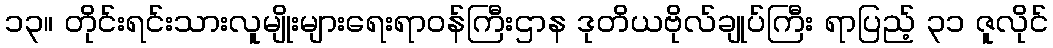
၁၃။ တိုင်းရင်းသားလူမျိုးများရေးရာဝန်ကြီးဌာန ဒုတိယဗိုလ်ချုပ်ကြီး ရာပြည့် ၃၁ ဇူလိုင်